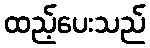
ထည့်ပေးသည်